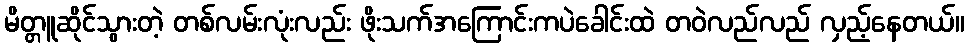
မိတ္တူဆိုင်သွားတဲ့ တစ်လမ်းလုံးလည်း ဖိုးသက်အကြောင်းကပဲခေါင်းထဲ တဝဲလည်လည် လှည့်နေတယ်။